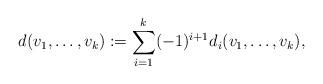
LaTeX: \begin{align*}d(v_{1}, \dots, v_{k}) := \sum_{i=1}^{k}(-1)^{i+1}d_{i}(v_{1},\dots, v_{k} ),\end{align*}